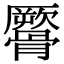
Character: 𩪜